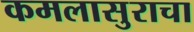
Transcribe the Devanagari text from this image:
कमलासुराचा